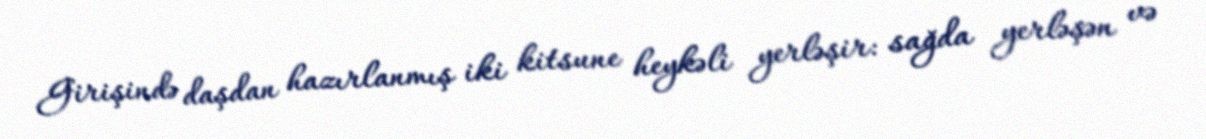
Girişində daşdan hazırlanmış iki kitsune heykəli yerləşir: sağda yerləşən və